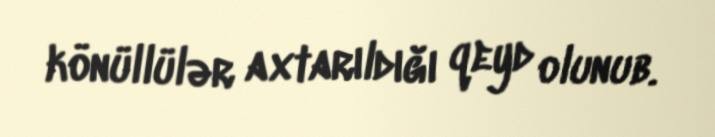
könüllülər axtarıldığı qeyd olunub.